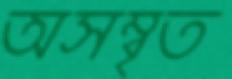
অসম্বৃত